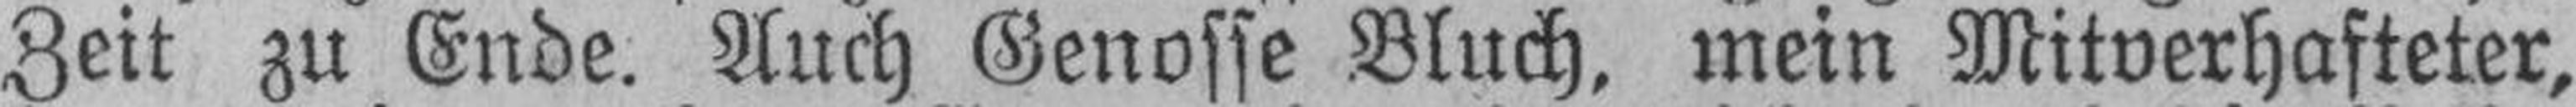
Zeit zu Ende. Auch Genosse Bluch, mein Mitverhafteter,